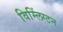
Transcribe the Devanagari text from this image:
विम्लिंग्टन